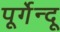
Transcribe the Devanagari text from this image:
पूर्गेन्दू